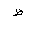
Letter: _za